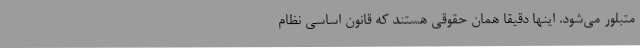
متبلور می‌شود. اینها دقیقاً همان حقوقی هستند که قانون اساسی نظام